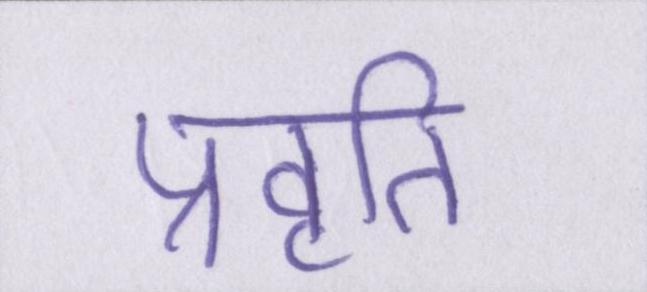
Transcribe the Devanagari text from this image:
प्रवृति